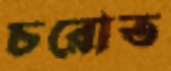
চরোত